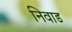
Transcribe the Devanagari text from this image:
निवाड